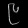
Digit: ၉